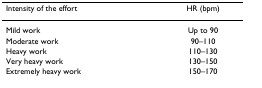
<table><thead><tr><td><b>Intensity of the effort</b></td><td><b>HR (bpm)</b></td></tr></thead><tbody><tr><td>Mild work</td><td>Up to 90</td></tr><tr><td>Moderate work</td><td>90–110</td></tr><tr><td>Heavy work</td><td>110–130</td></tr><tr><td>Very heavy work</td><td>130–150</td></tr><tr><td>Extremely heavy work</td><td>150–170</td></tr></tbody></table>